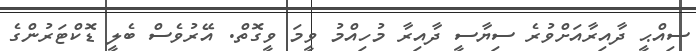
ސިއްޙީ ދާއިރާއަށްވުރެ ސިޔާސީ ދާއިރާ މުހިއްމު ވީމަ ވީގޮތް. އޭރުވެސް ބެލީ ޑޮކްޓަރުންގެ